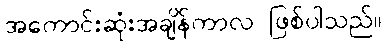
အကောင်းဆုံးအချိန်ကာလ ဖြစ်ပါသည်။